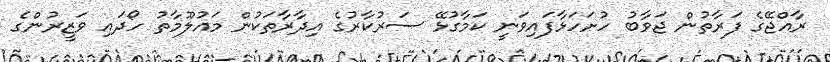
ރާއްޖޭގެ ފަރާތުން ޖަވާބު ހުށަހަޅާފައިވަނީ ކަމާގުޅޭ ސަރުކާރުގެ އިދާރާތަކުން މައުލޫމާތު ހޯދައި ވަޒީރުންގެ